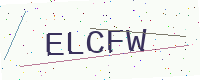
Text: ELCFW